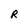
Character: R